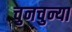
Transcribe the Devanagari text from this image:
चुनचुन्या